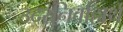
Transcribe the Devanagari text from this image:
उदरनिर्वाहार्थ